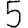
Digit: 5